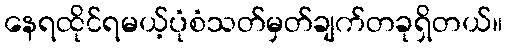
နေရထိုင်ရမယ့်ပုံစံသတ်မှတ်ချက်တခုရှိတယ်။